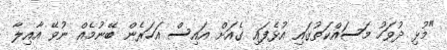
"މުޅި ދުވަހު މަސައްކަތުގައި އުޅެފައި ގެއަށް އައިސް އަހަރެން ބޭނުމެއް ނުވޭ އާއިލާ